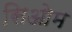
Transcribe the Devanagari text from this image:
सिओम